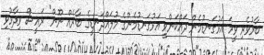
ބާރުވެރި ވީމަ އަޅުގަނޑުމެން ދައްކަންވީ އަޅުގަނޑުމެންގެ މުލައްދަނޑީގެ ބާރެއް ނޫން" ރައީސް ވިދާޅުވި